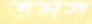
তমস